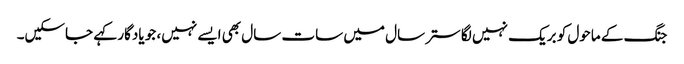
جنگ کے ماحول کو بریک نہیں لگا ستر سال میں سات سال بھی ایسے نہیں، جو یادگار کہے جاسکیں۔